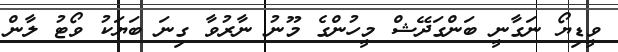
ވީޑިޔޯ ނަގާނީ ބަންގަދޭޝް މީހުންގެ މޫނު ނާރުވާ ގިނަ ބަޔަކު ވޯޓު ލާން